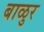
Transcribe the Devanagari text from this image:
बाळुर